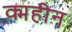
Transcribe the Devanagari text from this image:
क्महीन